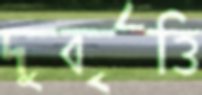
দুর্বৃত্তি